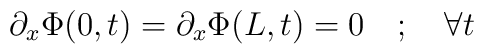
\partial _{x}\Phi (0,t)=\partial _{x}\Phi (L,t)=0\quad ;\quad \forall t